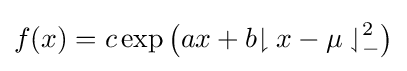
f(x)=c\exp \left(ax+b{\downharpoonright x-\mu \downharpoonleft }_{-}^{2}\right)